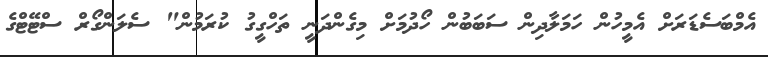
އެމްބަސެޑަރަށް އެމީހުން ހަމަލާދިން ސަބަބުން ހޯދުމަށް މިގެންދަނީ ތަހްގީގު ކުރަމުން" ސެލަންގޯރް ސްޓޭޓްގެ